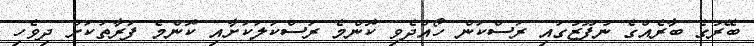
ބޭރުގެ ބާރެއްގެ ނުފޫޒުގައި ރަސްކަން ހޯއްދެވި ކޮންމެ ރަސްކަލަކަށާއި ކޮންމެ ފަރާތަކަށް ދިވެހި